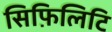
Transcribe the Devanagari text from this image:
सिफ़िलिटि